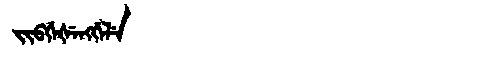
Manchu: ᠵᡳᠪᡤᡝᡧᡝᠩᡤᡝᠯᡝ
Romanization: JIBGEŠENGGELE